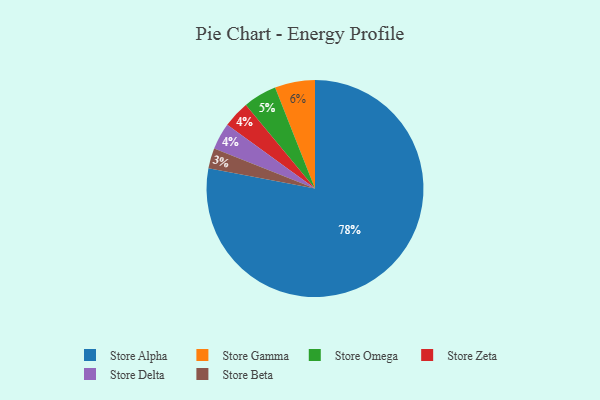
{"axis": {"x": "Category", "y": "Percentage"}, "legend": ["Store Alpha", "Store Beta", "Store Delta", "Store Gamma", "Store Omega", "Store Zeta"], "data": [{"x": "Store Omega", "y": 5, "type": "Store Omega"}, {"x": "Store Beta", "y": 3, "type": "Store Beta"}, {"x": "Store Zeta", "y": 4, "type": "Store Zeta"}, {"x": "Store Delta", "y": 4, "type": "Store Delta"}, {"x": "Store Alpha", "y": 78, "type": "Store Alpha"}, {"x": "Store Gamma", "y": 6, "type": "Store Gamma"}]}